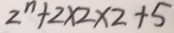
2 ^ { n } + 2 \times 2 \times 2 + 5